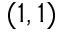
( 1 , 1 )